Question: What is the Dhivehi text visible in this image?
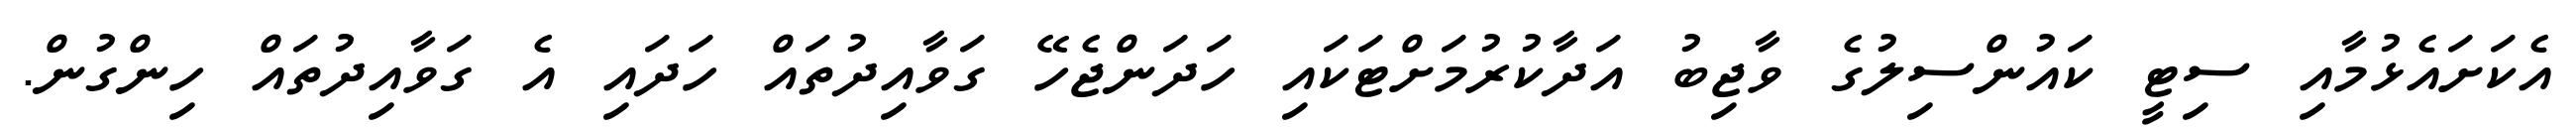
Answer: އެކަށައެޅުމާއި ސިޓީ ކައުންސިލުގެ ވާޖިބު އަދާކުރުމަށްޓަކައި ހަދަންޖެހޭ ގަވާއިދުތައް ހަދައި އެ ގަވާއިދުތައް ހިންގުން.